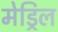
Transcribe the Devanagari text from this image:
मेड्रिल